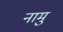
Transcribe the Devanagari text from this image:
नामु